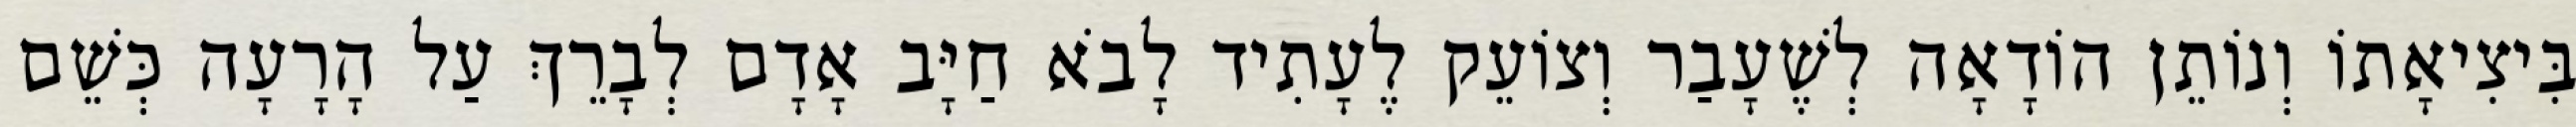
בִּיצִיאָתוֹ וְנוֹתֵן הוֹדָאָה לְשֶׁעָבַר וְצוֹעֵק לֶעָתִיד לָבֹא חַיָּב אָדָם לְבָרֵךְ עַל הָרָעָה כְּשֵׁם